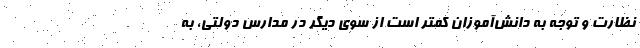
نظارت و توجه به دانش‌آموزان کمتر است از سوی دیگر در مدارس دولتی، به